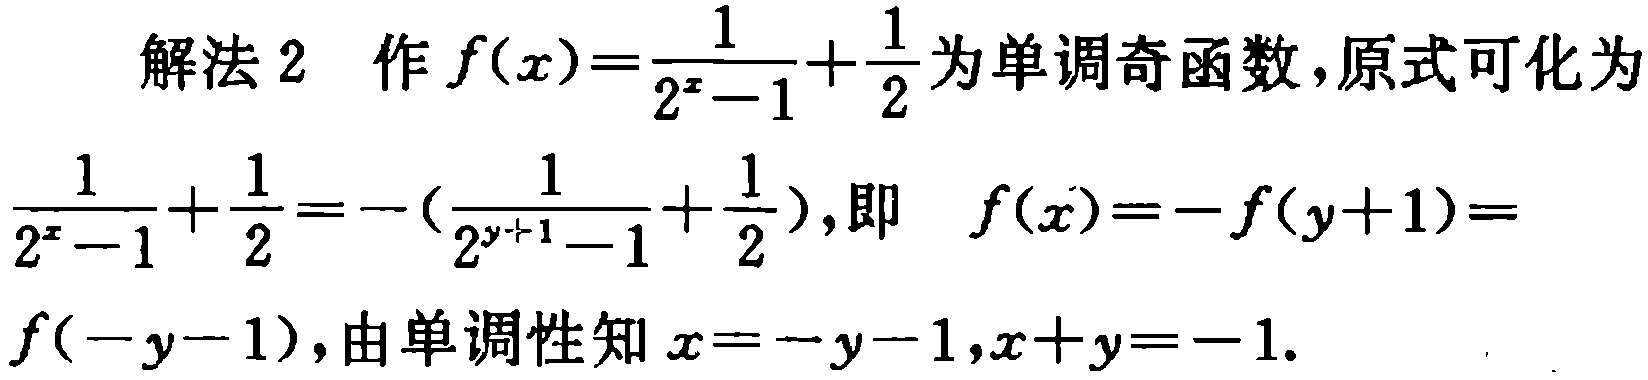
解法 2 作 \(f(x)=\frac{1}{2^{x}-1}+\frac{1}{2}\) 为单调奇函数，原式可化为

\(\frac{1}{2^{x}-1}+\frac{1}{2}= -(\frac{1}{2^{y + 1}-1}+\frac{1}{2})\)，即 \(f(x)=-f(y + 1)=f(-y - 1)\)，由单调性知 \(x=-y - 1\)，\(x + y=-1\)。